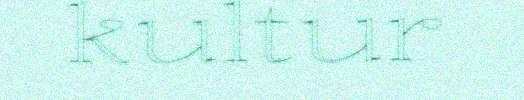
kultur